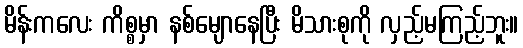
မိန်းကလေး ကိစ္စမှာ နစ်မျောနေပြီး မိသားစုကို လှည့်မကြည့်ဘူး။